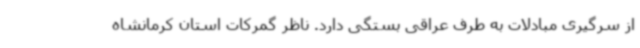
از سرگیری مبادلات به طرف عراقی بستگی دارد. ناظر گمرکات استان کرمانشاه